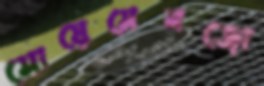
সোয়েমেনজো